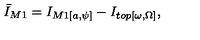
{ \bar { I } } _ { M 1 } = I _ { M 1 [ a , \psi ] } - I _ { t o p [ \omega , \Omega ] } ,